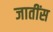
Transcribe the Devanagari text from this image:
जातींस